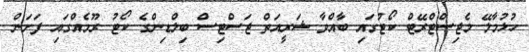
ހުޅުމާލޭ މެޖިސްޓްރޭޓް ކޯޓުގައި ބާއްވާ ޝަރީއަތް ޖަސްޓިސް ބިލްޑިންގެ ކޯޓު ރޫމެއްގައި ފަށަން